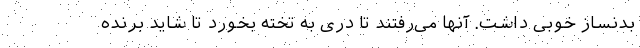
بدنساز خوبی داشت. آنها می‌رفتند تا دری به تخته بخورد تا شاید برنده